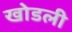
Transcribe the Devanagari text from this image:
खोडली